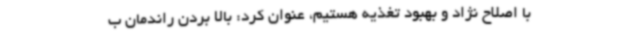
با اصلاح نژاد و بهبود تغذیه هستیم، عنوان کرد: بالا بردن راندمان ب